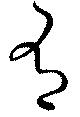
有